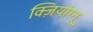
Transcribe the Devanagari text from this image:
क्ज़ियांग्नू